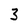
Character: 3